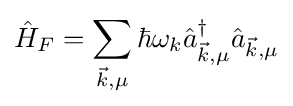
{\hat {H}}_{F}=\sum _{{\vec {k}},\mu }\hbar \omega _{k}{\hat {a}}_{{\vec {k}},\mu }^{\dagger }{\hat {a}}_{{\vec {k}},\mu }